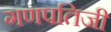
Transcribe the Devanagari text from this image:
गणपतिजी